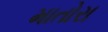
માતોરા